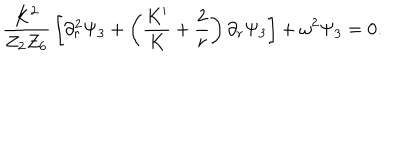
LaTeX: { \frac { K ^ { 2 } } { Z _ { 2 } Z _ { 6 } } } \left[ \partial _ { r } ^ { 2 } \Psi _ { 3 } + \left( { \frac { K ^ { \prime } } { K } } + { \frac { 2 } { r } } \right) \partial _ { r } \Psi _ { 3 } \right] + \omega ^ { 2 } \Psi _ { 3 } = 0 .